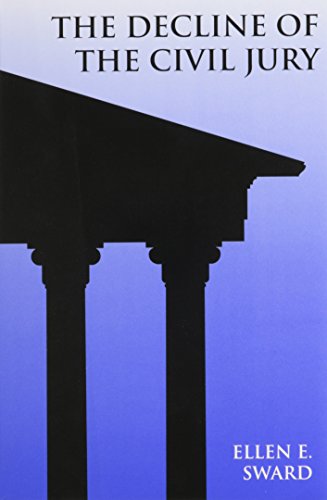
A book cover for Decline of the Civil Jury; Ellen E. Sward; Law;